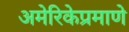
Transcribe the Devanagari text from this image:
अमेरिकेप्रमाणे